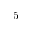
5